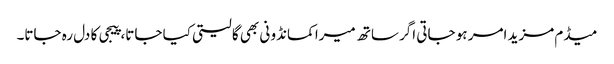
میڈم مزید امر ہو جاتی اگر ساتھ میرا کمانڈو نی بھی گا لیتی کیا جاتا، پیجی کا دل رہ جاتا۔